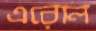
এরোল